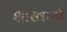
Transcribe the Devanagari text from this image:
शाखायों